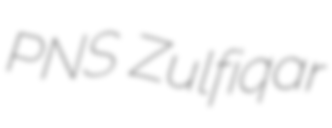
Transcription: PNS Zulfiqar